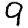
Digit: 9